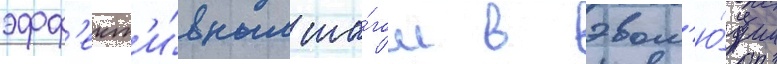
эфф'ект'и́вным ша́гом в эвол'ю́ции